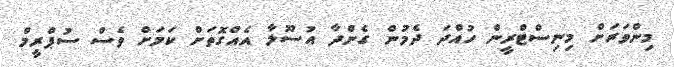
މިންވަރަށް މިނިސްޓްރީން ހުއްދަ ދެމުން ގެންދާ އުސޫލާ އެއްގޮތަށް ކަމަށް ވެސް ސުޕްރީމް